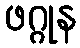
ဖဂ္ဂုန